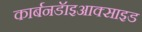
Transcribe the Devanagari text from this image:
कार्बनडॅाइआक्साइड